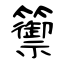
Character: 籞